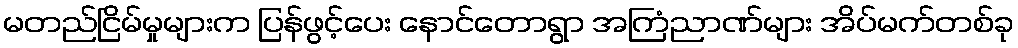
မတည်ငြိမ်မှုများက ပြန်ဖွင့်ပေး နောင်တောရွာ အကြံညာဏ်များ အိပ်မက်တစ်ခု